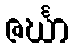
ဇင်္ဃာ